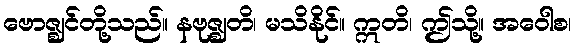
ဗောဇ္ဈင်တို့သည်။ နဗုဇ္ဈတိ၊ မသိနိုင်။ ဣတိ၊ ဤသို့။ အဝေါစ၊